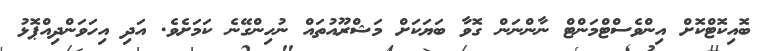
ބޮއިކޮޓްކޮށް އިންވެސްޓްމަންޓް ނާންނަން ގޮވާ ބަޔަކަށް މަޝްރޫއުތައް ނުހިންގޭނެ ކަމަށެވެ. އަދި އިހަވަންދިއްޕޮޅު